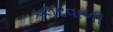
કલરવાળી